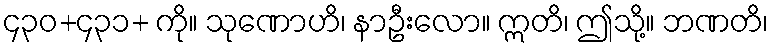
၄၃၀+၄၃၁+ ကို။ သုဏောဟိ၊ နာဦးလော။ ဣတိ၊ ဤသို့။ ဘဏတိ၊